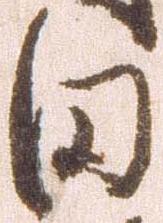
田